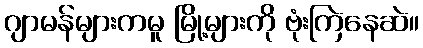
ဂျာမန်များကမူ မြို့များကို ဗုံးကြဲနေဆဲ။